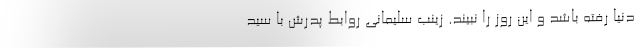
دنیا رفته باشد و این روز را نبیند. زینب سلیمانی روابط پدرش با سید